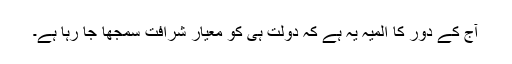
آج کے دور کا المیہ یہ ہے کہ دولت ہی کو معیار شرافت سمجھا جا رہا ہے۔